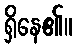
ရှိနေ၏။